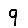
Digit: 9